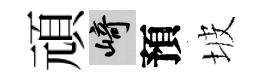
頑崎預坡